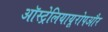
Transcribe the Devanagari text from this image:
ऑस्ट्रेलियायूरोपऔर